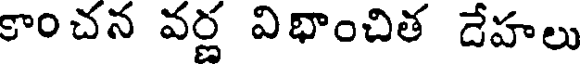
కాంచన వర్ణ విభాంచిత దేహలు